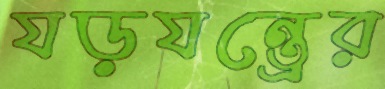
যড়যন্ত্রের